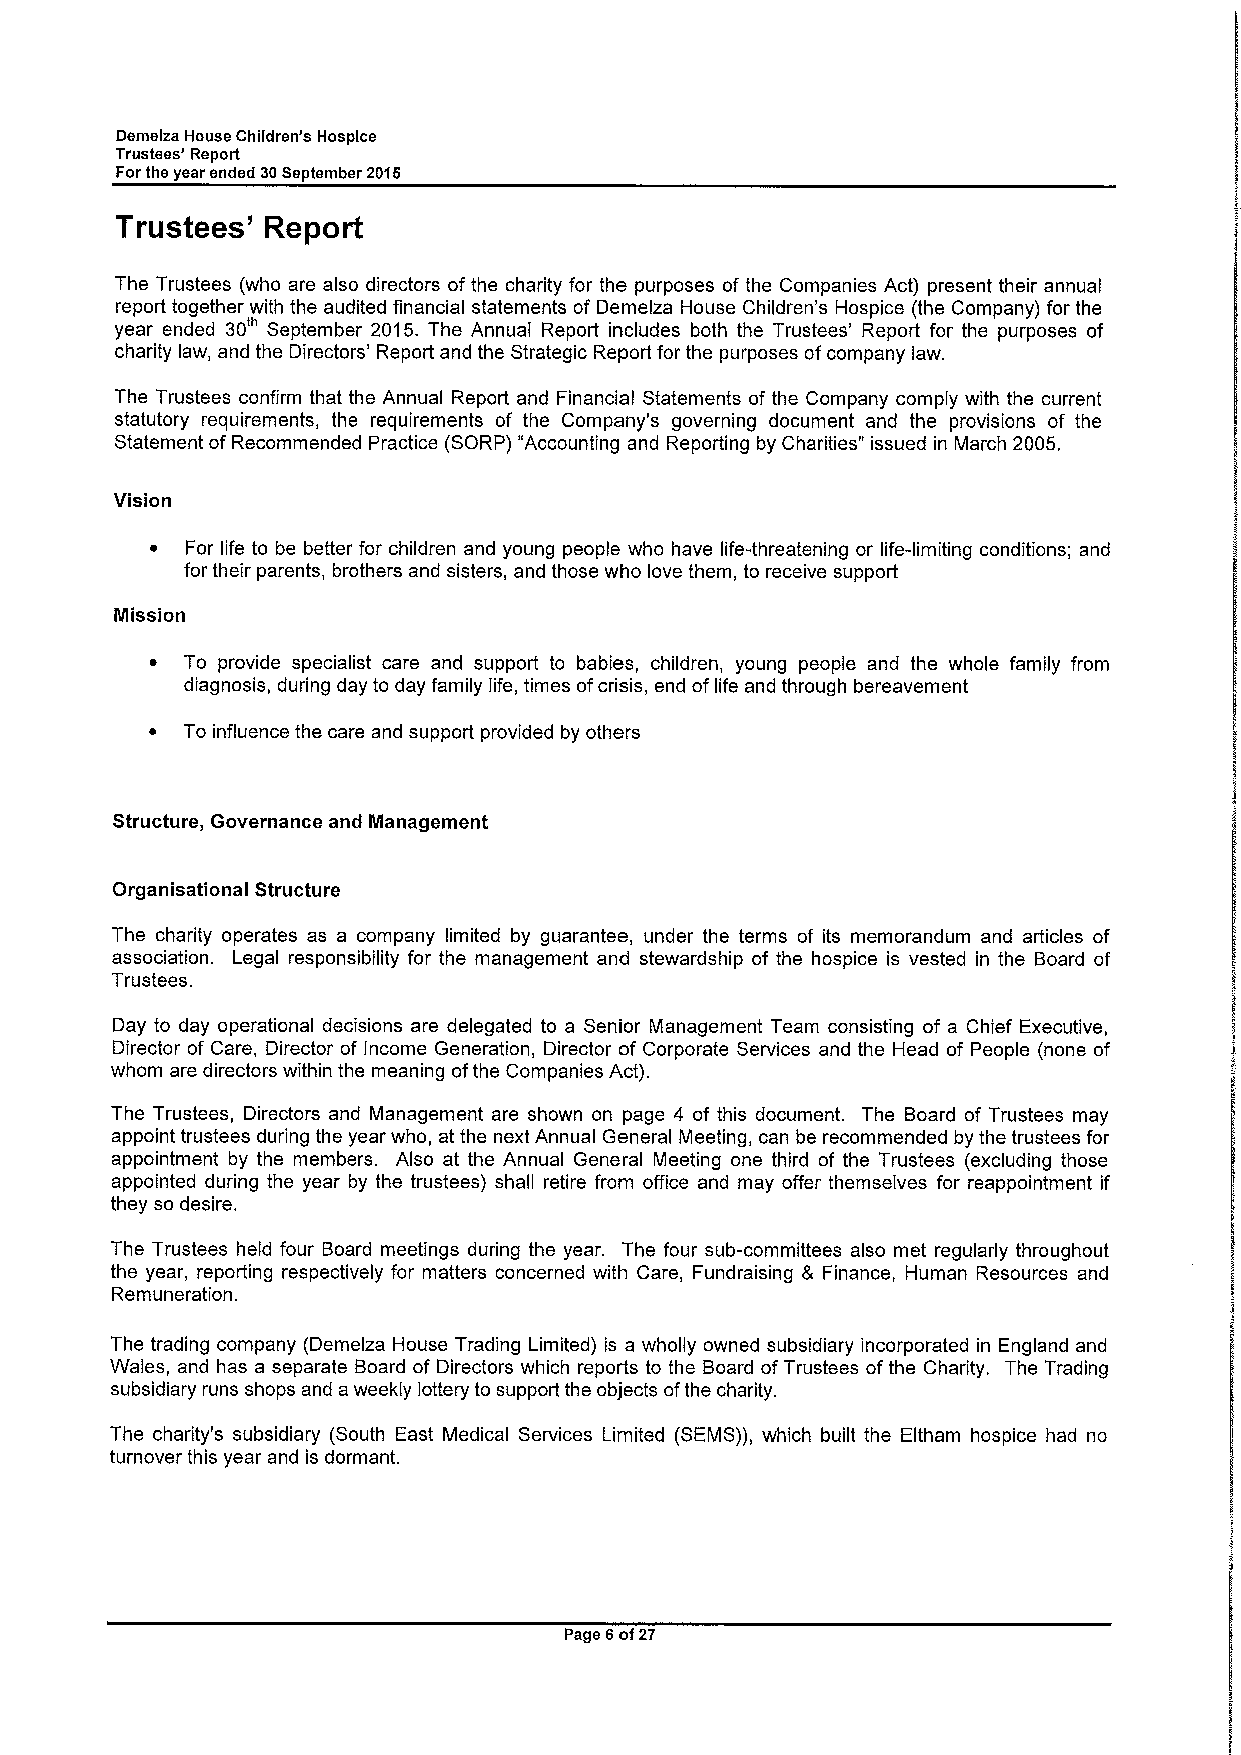
Demelza House Children's Hospice
 Trustees' Report
 Forthe year ended 30September 2016
 Trustees' Report
 The Trustees (who are also directors ofthe charity for the purposes of the Companies Act) present their annual
 report together with the audited financial statements of Demelza House Children's Hospice (the Company) for the
 year ended 30' September 2015. The Annual Report includes both the Trustees' Report for the purposes of
 charity law, and the Directors' Report and the Strategic Report for the purposes ofcompany law.
 The Trustees confirm that the Annual Report and Financial Statements of the Company comply with the current
 statutory requirements, the requirements of the Company's governing document and the provisions of the
 Statement ofRecommended Practice (SORP) "Accounting and Reporting by Charities" issued in March 2005.
 Vision
 ~ For life to be better for children and young people who have life-threatening or life-limiting conditions; and
 for their parents, brothers and sisters, and those who love them, to receive support
 Mission
 ~ To provide specialist care and support to babies, children, young people and the whole family from
 diagnosis, during day to day family life, times ofcrisis, end oflife and through bereavement
 ~ To influence the care and support provided by others
 Structure, Governance and Management
 Organisational Structure
 The charity operates as a company limited by guarantee, under the terms of its memorandum and articles of
 association. Legal responsibility for the management and stewardship of the hospice is vested in the Board of
 Trustees.
 Day to day operational decisions are delegated to a Senior Management Team consisting of a Chief Executive,
 Director of Care, Director of Income Generation, Director of Corporate Services and the Head of People (none of
 whom are directors within the meaning ofthe Companies Act).
 The Trustees, Directors and Management are shown on page 4 of this document. The Board of Trustees may
 appoint trustees during the year who, at the next Annual General Meeting, can be recommended by the trustees for
 appointment by the members. Also at the Annual General Meeting one third of the Trustees (excluding those
 appointed during the year by the trustees) shall retire from office and may offer themselves for reappointment if
 they so desire.
 The Trustees held four Board meetings during the year. The four sub-committees also met regularly throughout
 the year, reporting respectively for matters concerned with Care, Fundraising & Finance, Human Resources and
 Remuneration.
 The trading company (Demelza House Trading Limited) is a wholly owned subsidiary incorporated in England and
 Wales, and has a separate Board of Directors which reports to the Board ofTrustees ofthe Charity. The Trading
 subsidiary runs shops and aweekly lottery to support the objects ofthe charity.
 The charity's subsidiary (South East Medical Services Limited (SEMS)), which built the Eltham hospice had no
 turnover this year and is dormant.
 Page 6of27